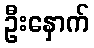
ဦးနှောက်